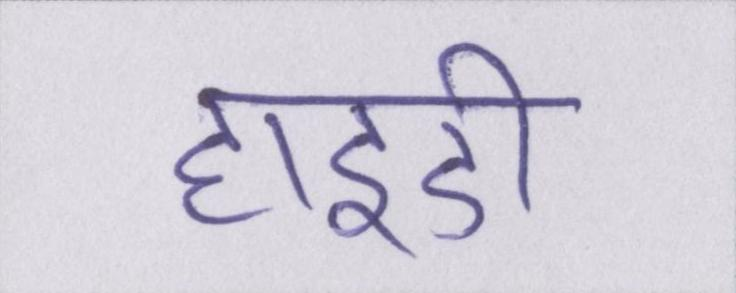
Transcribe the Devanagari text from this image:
हाइडी